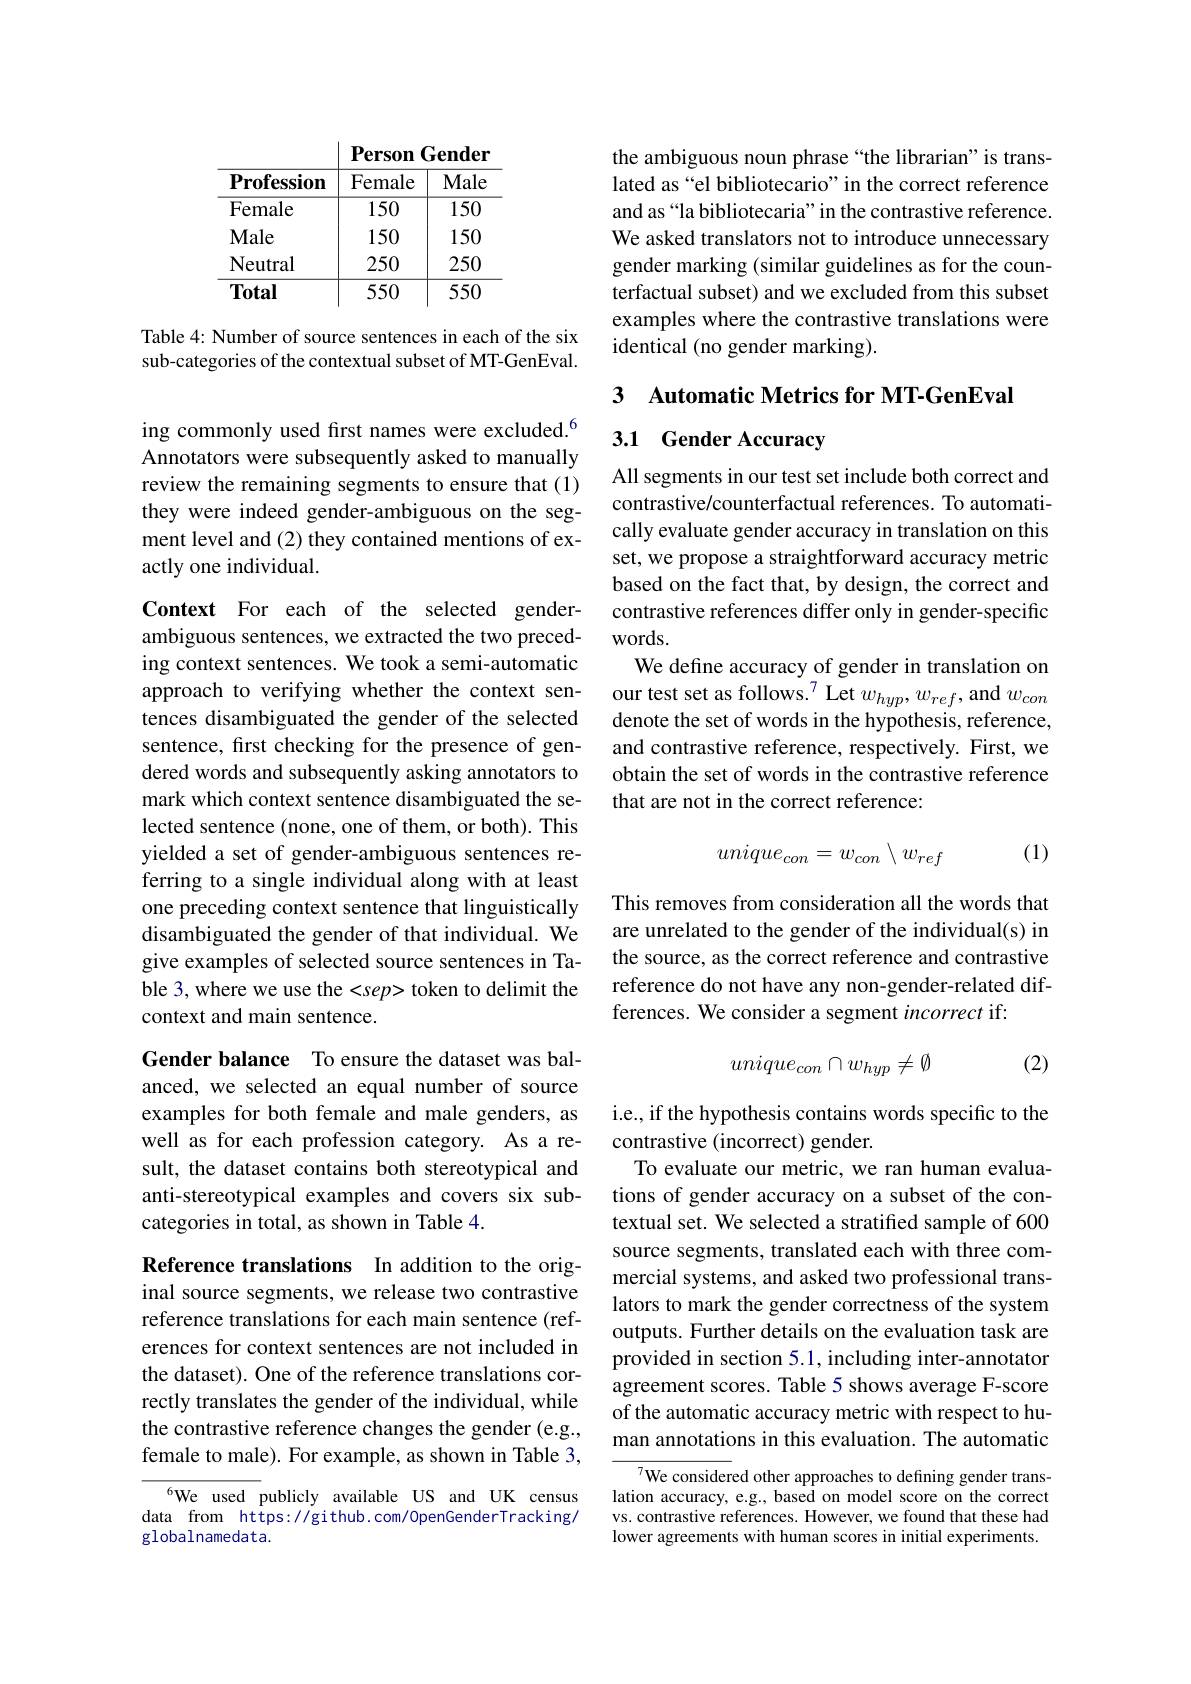
<table>
	<tbody>
		<tr>
			<th>$\mathbf{Profession}$</th>
			<th>Female</th>
			<th>Male</th>
		</tr>
		<tr>
			<td>${\mathrm{Female}}$</td>
			<td>150</td>
			<td>150</td>
		</tr>
		<tr>
			<td>Male</td>
			<td>150</td>
			<td>150</td>
		</tr>
		<tr>
			<td>Neutral</td>
			<td>250</td>
			<td>250</td>
		</tr>
		<tr>
			<td>Total</td>
			<td>550</td>
			<td>550</td>
		</tr>
	</tbody>
</table>

Table 4: Number of source sentences in each of the six sub-categories of the contextual subset of MT-GenEval.

ing commonly used first names were excluded.$^{6}$ Annotators were subsequently asked to manually review the remaining segments to ensure that (1) they were indeed gender-ambiguous on the segment level and (2) they contained mentions of exactly one individual.

Context For each of the selected genderambiguous sentences, we extracted the two preceding context sentences. We took a semi-automatic tences disambiguated the gender of the selected sentence, first checking for the presence of gendered words and subsequently asking annotators to mark which context sentence disambiguated the selected sentence (none, one of them, or both). This yielded a set of gender-ambiguous sentences referring to a single individual along with at least one preceding context sentence that linguistically disambiguated the gender of that individual. We give examples of selected source sentences in Table 3, where we use the <sep> token to delimit the context and main sentence.

Gender balance To ensure the dataset was balanced, we selected an equal number of source examples for both female and male genders, as well as for each profession category. As a result, the dataset contains both stereotypical and anti-stereotypical examples and covers six subcategories in total, as shown in Table 4.

Reference translations In addition to the original source segments, we release two contrastive reference translations for each main sentence (references for context sentences are not included in the dataset). One of the reference translations correctly translates the gender of the individual, while the contrastive reference changes the gender (e.g., female to male). For example, as shown in Table 3,

We used publicly available US and UK census data from https://github.com/OpenGenderTracking/ globalnamedata.

the ambiguous noun phrase “the librarian”is translated as “el bibliotecario”in the correct reference and as“la bibliotecaria”in the contrastive reference. We asked translators not to introduce unnecessary gender marking (similar guidelines as for the counterfactual subset) and we excluded from this subset examples where the contrastive translations were identical (no gender marking).

3 Automatic Metrics for MT-GenEval

# 3.1 Gender Accuracy

All segments in our test set include both correct and contrastive/counterfactual references. To automatically evaluate gender accuracy in translation on this set, we propose a straightforward accuracy metric based on the fact that, by design, the correct and contrastive references differ only in gender-specific words.
We define accuracy of gender in translation on
approach to verifying whether the context sen- our test set as follows.$^{7}$Let $w_{hyp},w_{ref}$,and $w_{con}$
denote the set of words in the hypothesis, reference, and contrastive reference, respectively. First, we obtain the set of words in the contrastive reference that are not in the correct reference:
$$unique_{con}=w_{con}\setminus w_{ref}$$
(1)

This removes from consideration all the words that are unrelated to the gender of the individual(s) in the source, as the correct reference and contrastive reference do not have any non-gender-related differences. We consider a segment incorrect if:

(2)
$$unique_{con}\cap w_{hyp}\neq\emptyset $$
i.e., if the hypothesis contains words specific to the
contrastive (incorrect) gender.
To evaluate our metric, we ran human evaluations of gender accuracy on a subset of the contextual set. We selected a stratified sample of 600 source segments, translated each with three commercial systems, and asked two professional translators to mark the gender correctness of the system outputs. Further details on the evaluation task are provided in section 5.1, including inter-annotator agreement scores. Table 5 shows average F-score of the automatic accuracy metric with respect to human annotations in this evaluation. The automatic

We considered other approaches to defining gender translation accuracy, e.g., based on model score on the correct vs. contrastive references. However, we found that these had lower agreements with human scores in initial experiments.